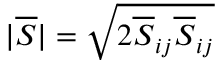
| \overline { { S } } | = \sqrt { 2 \overline { { S } } _ { i j } \overline { { S } } _ { i j } }